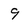
Character: 9